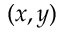
( x , y )